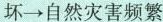
坏→自然灾害频繁